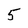
Character: 5